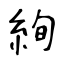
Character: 絢